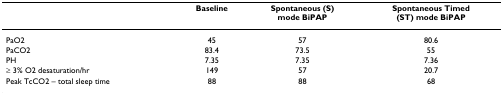
<table><thead><tr><td></td><td><b>Baseline</b></td><td><b>Spontaneous (S) mode BiPAP</b></td><td><b>Spontaneous Timed (ST) mode BiPAP</b></td></tr></thead><tbody><tr><td>PaO2</td><td>45</td><td>57</td><td>80.6</td></tr><tr><td>PaCO2</td><td>83.4</td><td>73.5</td><td>55</td></tr><tr><td>PH</td><td>7.35</td><td>7.35</td><td>7.36</td></tr><tr><td>≥ 3% O2 desaturation/hr</td><td>149</td><td>57</td><td>20.7</td></tr><tr><td>Peak TcCO2 – total sleep time</td><td>88</td><td>88</td><td>68</td></tr></tbody></table>